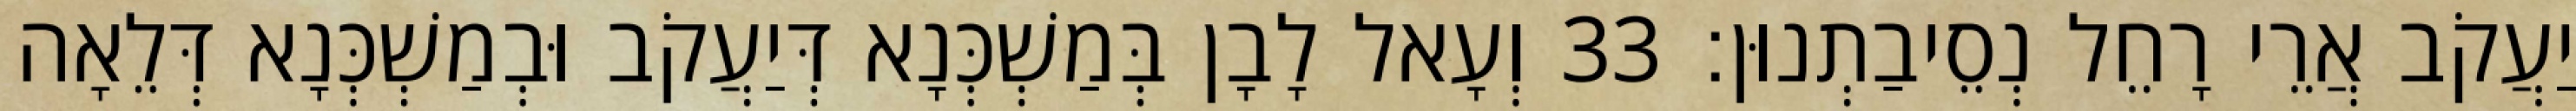
יַעֲקֹב אֲרֵי רָחֵל נְסֵיבַתְנוּן׃ 33 וְעָאל לָבָן בְּמַשְׁכְּנָא דְּיַעֲקֹב וּבְמַשְׁכְּנָא דְּלֵאָה